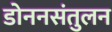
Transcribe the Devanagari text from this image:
डोननसंतुलन